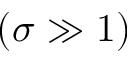
( \sigma \gg 1 )